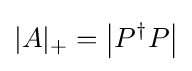
|A|_{+}=\left|P^{\dagger }P\right|